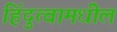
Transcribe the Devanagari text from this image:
हिंदुत्वामधील